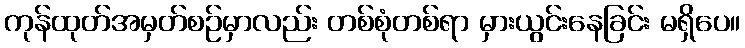
ကုန်ထုတ်အမှတ်စဉ်မှာလည်း တစ်စုံတစ်ရာ မှားယွင်းနေခြင်း မရှိပေ။